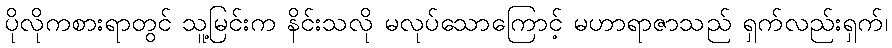
ပိုလိုကစားရာတွင် သူ့မြင်းက နိင်းသလို မလုပ်သောကြောင့် မဟာရာဇာသည် ရှက်လည်းရှက်၊